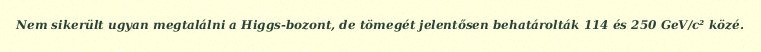
Nem sikerült ugyan megtalálni a Higgs-bozont, de tömegét jelentősen behatárolták 114 és 250 GeV/c² közé.